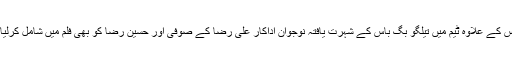
اس کے علاوہ ٹیم میں تیلگو بگ باس کے شہرت یافتہ نوجوان اداکار علی رضا کے صوفی اور حسین رضا کو بھی فلم میں شامل کرلیا ۔